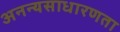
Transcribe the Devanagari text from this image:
अनन्यसाधारणता